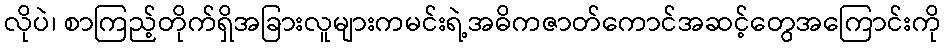
လိုပဲ၊ စာကြည့်တိုက်ရှိအခြားလူများကမင်းရဲ့အဓိကဇာတ်ကောင်အဆင့်တွေအကြောင်းကို